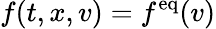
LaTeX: f(t,x,v)=f^{\mathrm{eq}}(v)